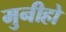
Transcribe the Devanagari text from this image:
मुनीहो